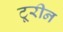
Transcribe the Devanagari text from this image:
टूरीन